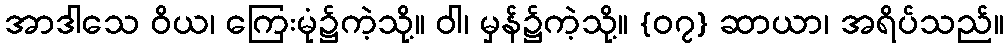
အာဒါသေ ဝိယ၊ ကြေးမုံ၌ကဲ့သို့။ ဝါ၊ မှန်၌ကဲ့သို့။ {၀၇} ဆာယာ၊ အရိပ်သည်။